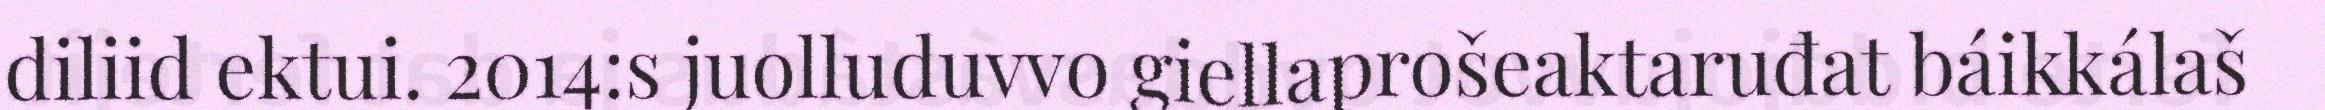
diliid ektui. 2014:s juolluduvvo giellaprošeaktaruđat báikkálaš